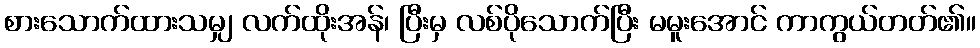
စားသောက်ထားသမျှ လက်ထိုးအန်၊ ပြီးမှ လစ်ပိုသောက်ပြီး မမူးအောင် ကာကွယ်တတ်၏။